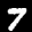
Label: 7